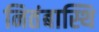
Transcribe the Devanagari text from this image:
नितंबास्थि